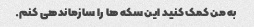
به من کمک کنید این سکه ها را سازماندهی کنم.